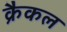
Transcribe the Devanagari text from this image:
क्रैकल